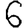
Digit: 6